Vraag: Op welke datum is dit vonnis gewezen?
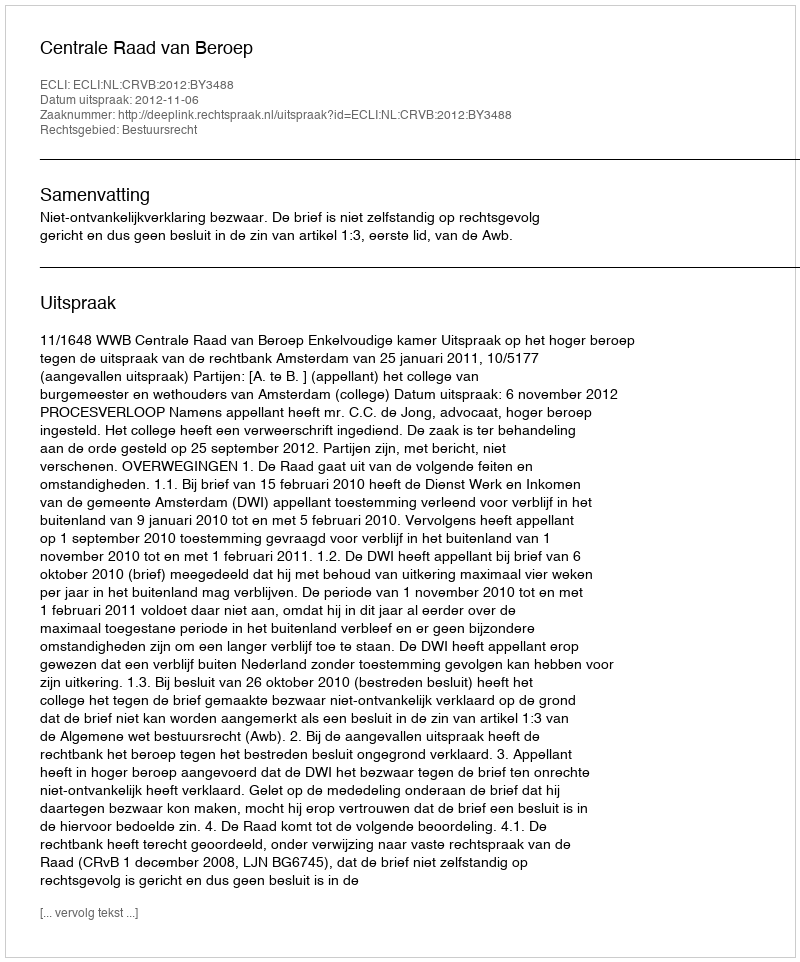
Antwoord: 2012-11-06